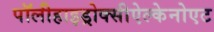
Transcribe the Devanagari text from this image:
पॉलीहाइड्रोक्सीऐल्केनोएट